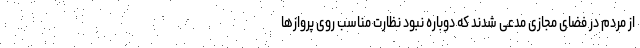
از مردم در فضای مجازی مدعی شدند که دوباره نبود نظارت مناسب روی پروازها